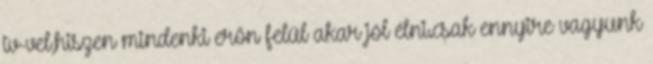
tv-vel,hiszen mindenki erőn felül akar jól élni.csak ennyire vagyunk